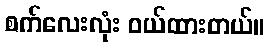
စက်လေးလုံး ဝယ်ထားတယ်။